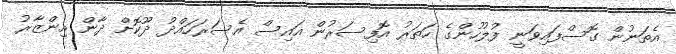
އެތަނުން ގޮސްފައިވަނީ ފުލުހުންގެ ހަތަރު އޮފިސަރުން އައިސް އެސަރަހައްދު ދޫކޮށް ދާން އިންޒާރު